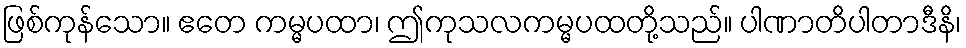
ဖြစ်ကုန်သော။ ဧတေ ကမ္မပထာ၊ ဤကုသလကမ္မပထတို့သည်။ ပါဏာတိပါတာဒီနိ၊